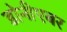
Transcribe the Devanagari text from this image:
डोनीएबर